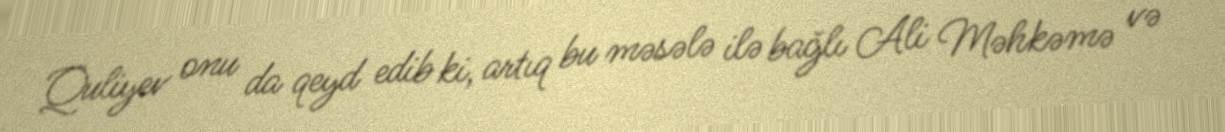
Quliyev onu da qeyd edib ki, artıq bu məsələ ilə bağlı Ali Məhkəmə və